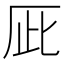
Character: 𠩆